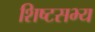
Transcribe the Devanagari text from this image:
शिष्टसभ्य